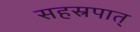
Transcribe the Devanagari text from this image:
सहस्रपात्